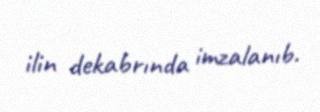
ilin dekabrında imzalanıb.